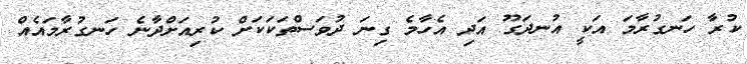
ކުރާ ހަނގުރާމަ އަކީ އުނދަގޫ އަދި އެހާމެ ގިނަ ދުވަސްތަކަކަށް ކުރިއަށްދާނެ ހަނގުރާމައެއް